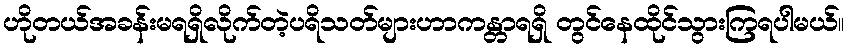
ဟိုတယ်အခန်းမရရှိလိုက်တဲ့ပရိသတ်များဟာကန္တာရရှိ တွင်နေထိုင်သွားကြရပါမယ်။